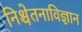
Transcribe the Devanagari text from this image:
निश्चेतनाविज्ञान